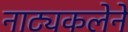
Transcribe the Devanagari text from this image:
नाट्यकलेने